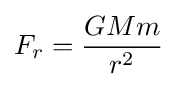
F_{r}={\frac {GMm}{r^{2}}}